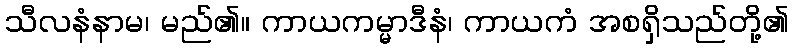
သီလနံနာမ၊ မည်၏။ ကာယကမ္မာဒီနံ၊ ကာယကံ အစရှိသည်တို့၏